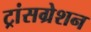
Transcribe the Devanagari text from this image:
ट्रांसग्रेशन